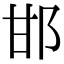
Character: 邯